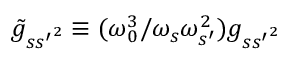
\tilde { g } _ { s { s ^ { \prime } } ^ { 2 } } \equiv ( \omega _ { 0 } ^ { 3 } / \omega _ { s } \omega _ { s ^ { \prime } } ^ { 2 } ) g _ { s { s ^ { \prime } } ^ { 2 } }